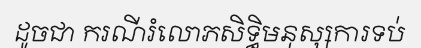
ដូចជា ករណីរំលោភសិទ្ធិមនុស្សការទប់